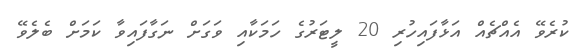
ކުރެވޭ އެއްޗެއް އަޅާފައިހުރި 20 ލީޓަރުގެ ހަމަކާއި ވަގަށް ނަގާފައިވާ ކަމަށް ބެލެވޭ